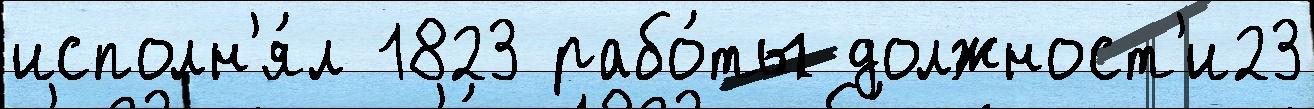
исполн'я́л 1823 рабо́ты должност'и23